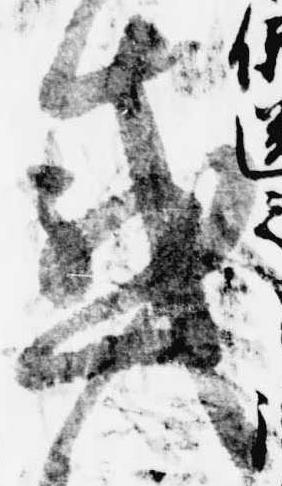
感